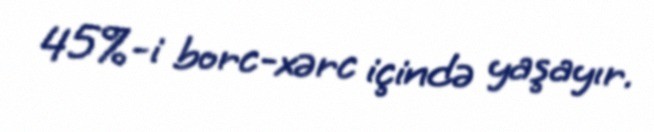
45%-i borc-xərc içində yaşayır.